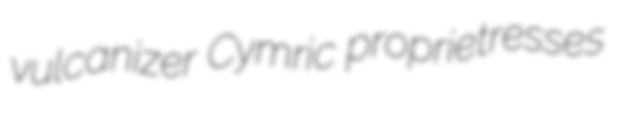
vulcanizer Cymric proprietresses